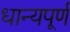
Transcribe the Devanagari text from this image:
धान्यपूर्ण